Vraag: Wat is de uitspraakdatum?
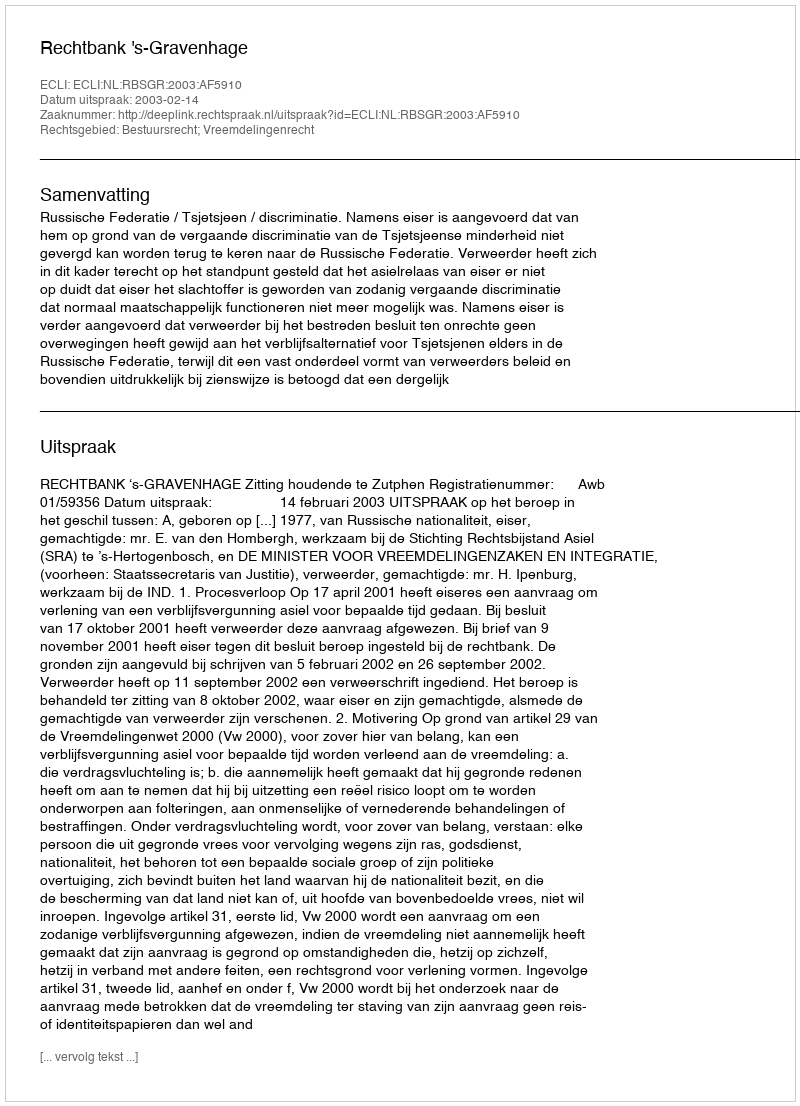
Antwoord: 2003-02-14